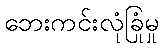
ဘေးကင်းလုံခြုံမှု